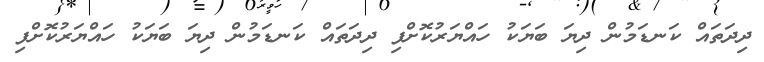
ދިދަތައް ކަނޑަމުން ދިޔަ ބަޔަކު ހައްޔަރުކޮށްފި ދިދަތައް ކަނޑަމުން ދިޔަ ބަޔަކު ހައްޔަރުކޮށްފި